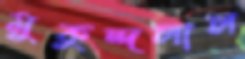
মুকুন্দলাল